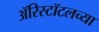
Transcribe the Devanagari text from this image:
ॲरिस्टॉटलच्या